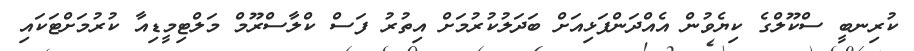
ކުރިނބީ ސްކޫލްގެ ކިޔެވުން އެއްދަންފަޅިއަށް ބަދަލުކުރުމަށް އިތުރު ފަސް ކްލާސްރޫމް މަލްޓިމީޑިއާ ކުރުމަށްޓަކައި